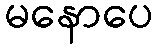
မနောပေ